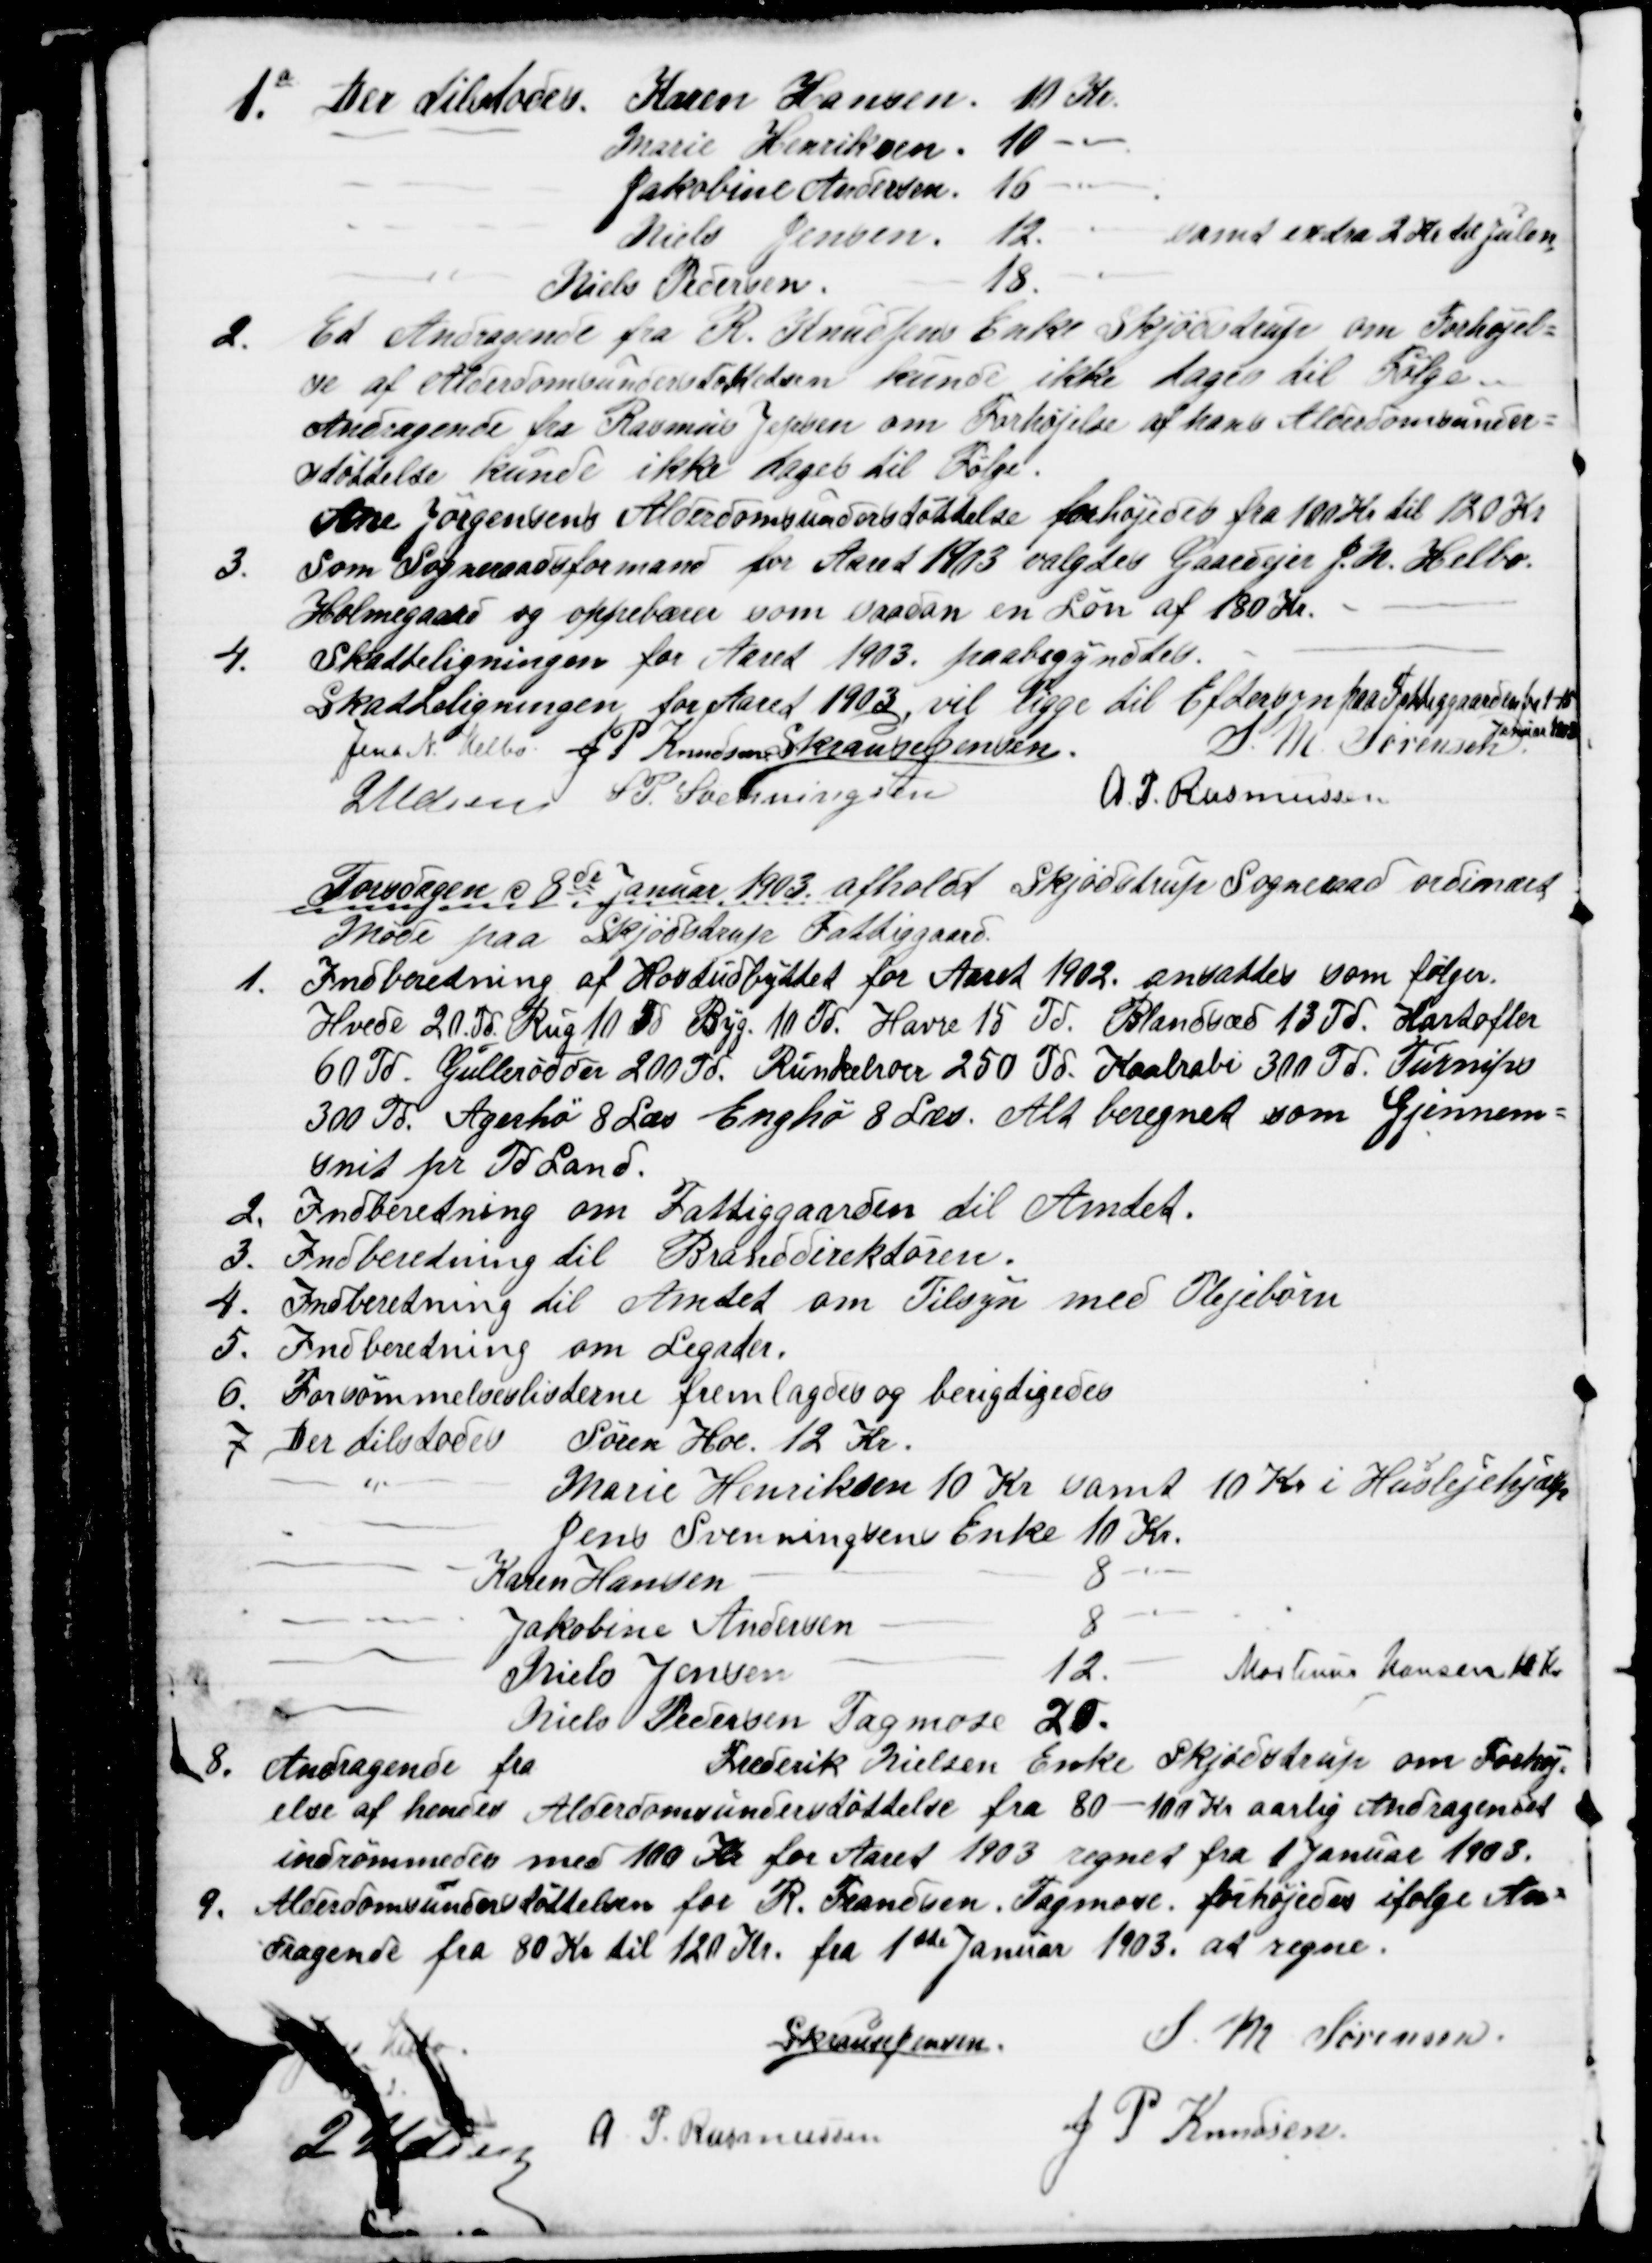
Transskription:
1a. Der Tilstodes.
Karen Hansen. 10 Kr.
Marie Henriksen 10 
Jakobine Andersen 16
Niels Jensen 12.
samt extra 2 Kr til Julen
Niels Pedersen.
18.
2.
Et Andragende fra R. Knudsens Enke Skjødstrup om Forhøjel=
se af Alderdomsunderstøttelsen kunde ikke tages til Følge.
Andragende fra Rasmus Jepsen om Forhøjelse af hans Alderdomsunder=
støttelse kunde ikke tages til Følge.
Ane Jørgensens Alderdomsunderstøttelse forhøjedes fra 100 Kr til 120 Kr.
3.
Som Sogneraadsformand for Aaret 1903 valgtes Gaardejer J. N. Helbo.
Holmegaard og oppebærer som saadan en Løn af 180 Kr.
4. 
Skatteligningen for Aaret 1903. paabegyndtes.
Skatteligningen for Aaret 1903, vil ligge til Eftersyn paa Fattiggaarden fra 1-15
Januar 1903
Jens N. Helbo J. P. Knudsen S Krause Jensen.
S. M. Sørensen
J Udsen S P. Svenningsen
A. P. Rasmussen
Torsdagen d 8de Januar 1903 afholdt Skjødstrup Sogneraad ordinært
Møde paa Skjødstrup Fattiggaard.
1.
Indberetning af Høstudbyttet for Aaret 1902. ansattes som følger.
Hvede 20.Td. Rug 10 Td Byg. 10 Td. Havre 15 Td. Blandsæd 13 Td. Kartofler
60 Td. Gullerødder 200 Td. Runkelroer 250 Td. Kaalrabi 300 Td. Turnips
300 Td. Agerhø 8 Læs Enghø 8 Læs. Alt beregnet som Gjennem-
snit pr Td Land.
2.
Indberetning om Fattiggaarden til Amtet.
3.
Indberetning til Branddirektøren.
4.
Indberetning til Amtet om Tilsyn med Plejebørn
5.
Indberetning om Legater.
6.
Forsømmelseslisterne fremlagdes og berigtigedes
7. Der tilstodes Søren Hoe. 12 Kr.
" Marie Henriksen 10 Kr samt 10 Kr i Huslejehjælp
Jens Svenningsens Enke 10 Kr.
Karen Hansen
8 "
Jakobine Andersen
8 "
Niels Jensen
12.
Martinus Hansen 10 Kr
Niels Pedersen Tagmose 20.
8.
Andragende fra
Frederik Nielsen Enke Skjødstrup om Forhøj=
else af hendes Alderdomsunderstøttelse fra 80 - 100 Kr aarlig. Andragendet
indrømmedes med 100 Kr for Aaret 1903 regnet fra 1 Januar 1903.
9. Alderdomsunderstøttelsen for R. Frandsen, Tagmose, forhøjedes ifølge An=
dragende fra 80 Kr til 120 Kr. fra 1ste Januar 1903. at regne.
Jens Helbo
Fmd.
S Krause Jensen.
S. M. Sørensen
J Udsen
A. P. Rasmussen
J P. Knudsen.